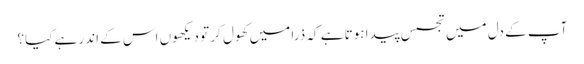
آپ کے دل میں تجسس پیدا ہوتا ہے کہ ذرا میں کھول کر تو دیکھوں اس کے اندر ہے کیا؟